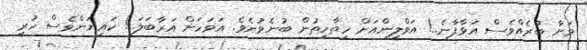
ވަށާ ބުރެއްވެސް އަޅާފާނެ..! އަވްލީންއަށް ހިތާހިތުން ބުނެވުނެވެ. އަވަހަށް އަރާބަލަ..! ކައިޔަންވެސް ހުރީ